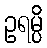
ဥရမ္ပိ